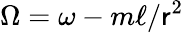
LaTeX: \Omega=\omega-m\ell/\mathsf{r}^{2}